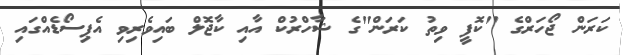
ކަރަން ޖޯހަރްގެ "ކޮފީ ވިތު ކަރަން"ގެ ޝާހްރުކް އާއި ކާޖޮލް ބައިވެރިވި އެޕިސޯޑެއްގައި